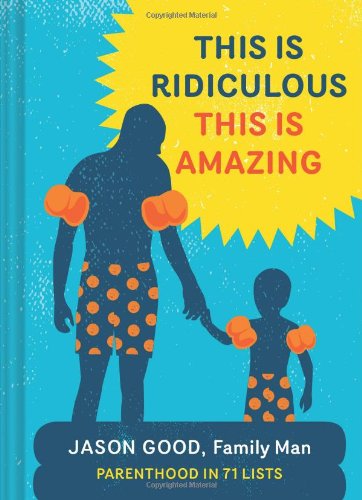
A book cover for This Is Ridiculous This Is Amazing: Parenthood in 71 Lists; Jason Good; Parenting & Relationships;